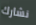
نشارك